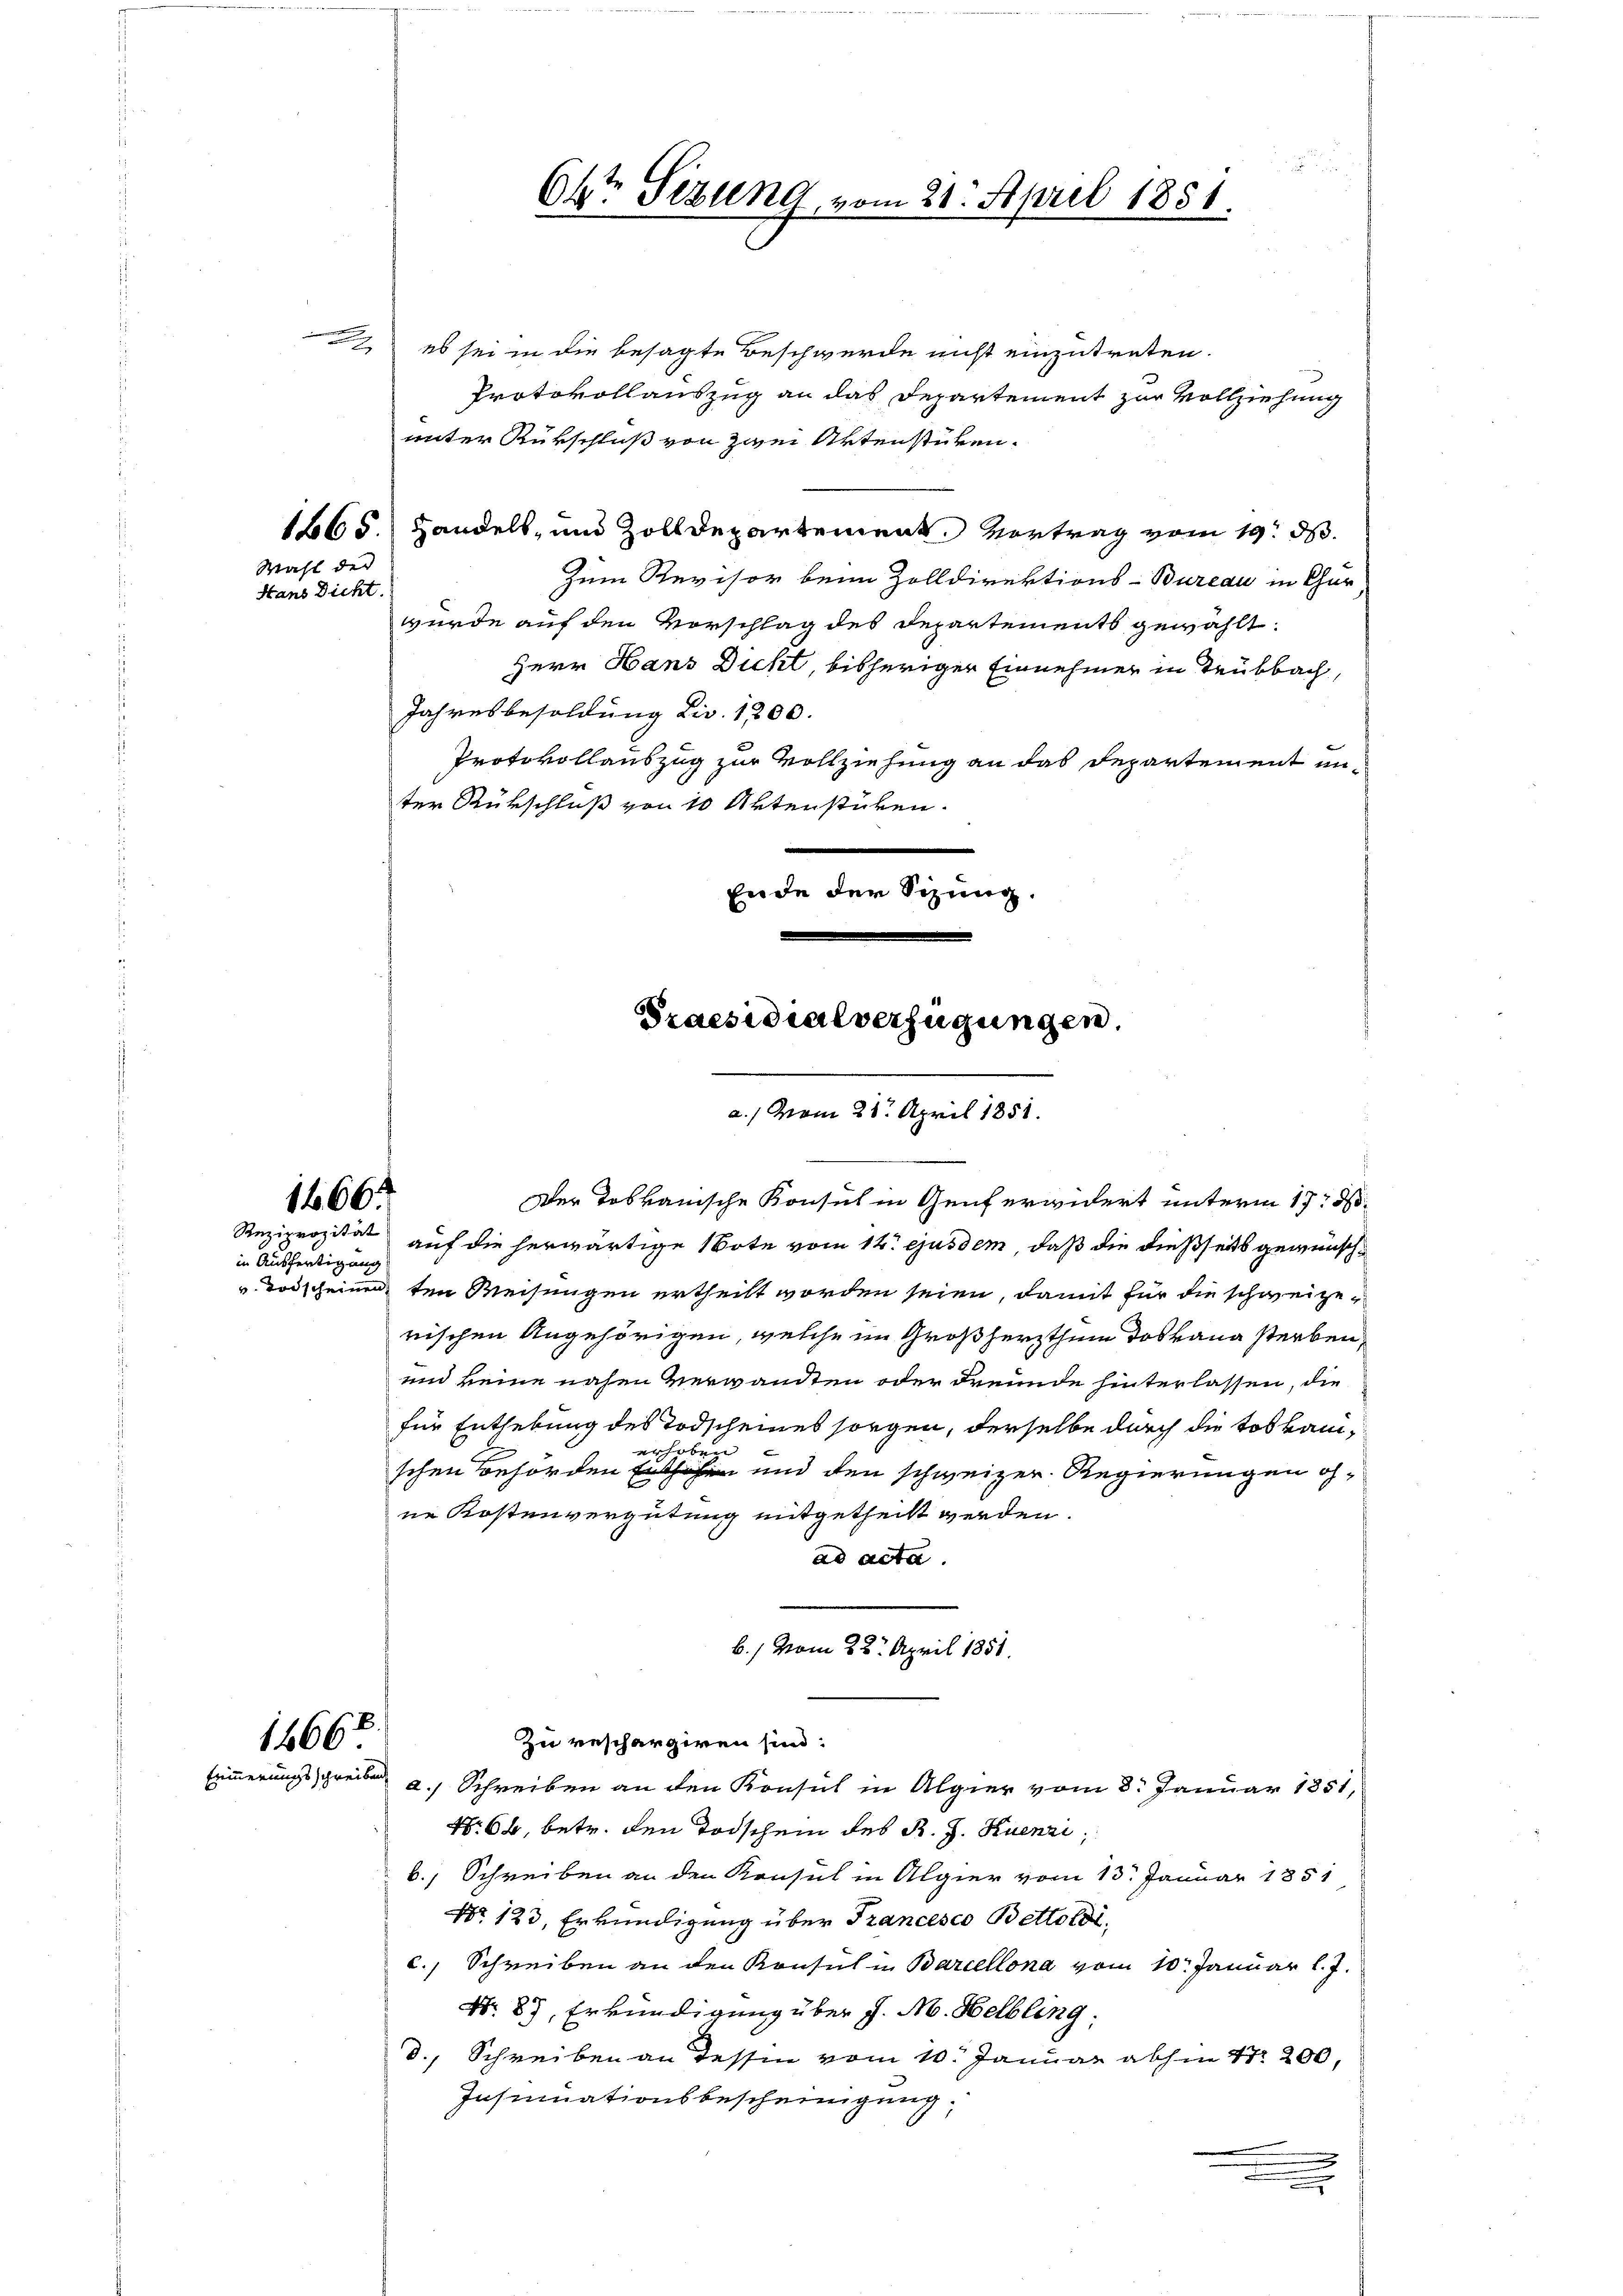
1466.
in Ausfertigung

14667
Erinnerungsschreiben

Wahl der
Hans Dicht.

es sei in die besagte Beschwerde nicht einzutreten.
Protokollauszug an das Departement zur Vollziehung
unter Rükschluß von zwei Artenstüken.
1865.) Handels- und Zolldepartement Vortrag vom 19. d.
Zum Revisor beim Zolldirektions-Bureau in Chur
würde auf den Vorschlag des Departements gewählt.
Herr Hans Dicht, bisheriger Einnehmer in Teubbach,
Jahresbesoldung Liv. 1200.
Protokollauszug zur Vollziehung an das Departement unter Rükschluß von 10 Aktenstüken.
e
Ende der Sitzung.
Praesidialverfügungen.

Okt. Sizung, vom 21. April 1851.

a./ vom 28. April 1851.
Der Tobkanische Konsul in Genf erwidert unterm 17. d.

Reziprozität auf die herwärtige Note vom 12. ejusdem, daß die dießseits gewünschv. Todscheinen ten Weisungen ertheilt worden seien, damit für die schweizerischen Angehörigen, welche im Großherzthum das Hana sterben,
und keine nahen Verwandten oder Freunde hinterlassen, die
für Enthebung des Todscheines sorgen, derselbe durch die toskanih
e
erhoben
schen Behörden Ehen und den schweizer Regierungen ohne Kostenvergütung mitgetheilt werden.
ad acta.
b./ vom 22. April 1851.
zu reschargiren sind:
a. Schreiben an den Konsul in Algier vom 8. Januar 1851,
Nr 64, betr. den Todschein des K. J. Huenzi,
b. Schreiben an den Konsul in Algier vom 13. Januar 1851
No 123. Erkundigung über Trancesco Bettoldi,
c., Schreiben an den Konsul in Barcellona vom 10. Januar l. J.
No. 87. Erkundigung über J. M. Helbling,
d., Schreiben an Tessin vom 10. Januar abhin 17. 200,
Insinuationsbescheinigung,
x